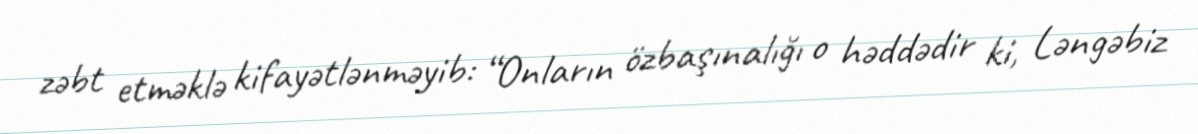
zəbt etməklə kifayətlənməyib: “Onların özbaşınalığı o həddədir ki, Ləngəbiz